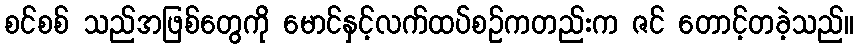
စင်စစ် သည်အဖြစ်တွေကို မောင်နှင့်လက်ထပ်စဉ်ကတည်းက ဇင် တောင့်တခဲ့သည်။